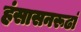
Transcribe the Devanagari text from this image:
हंसासनरूढां